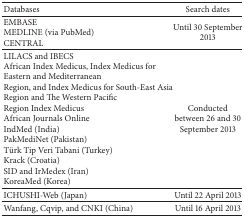
| Databases | Search dates |
 | --- | --- |
 | EMBASEMEDLINE (via PubMed)CENTRAL | Until 30 September 2013 |
 | LILACS and IBECSAfrican Index Medicus, Index Medicus for Eastern and MediterraneanRegion, and Index Medicus for South-East Asia Region and The Western PacificRegion Index MedicusAfrican Journals OnlineIndMed (India)PakMediNet (Pakistan)Türk Tip Veri Tabani (Turkey)Krack (Croatia)SID and IrMedex (Iran)KoreaMed (Korea) | Conducted between 26 and 30 September 2013 |
 | ICHUSHI-Web (Japan) | Until 22 April 2013 |
 | Wanfang, Cqvip, and CNKI (China) | Until 16 April 2013 |